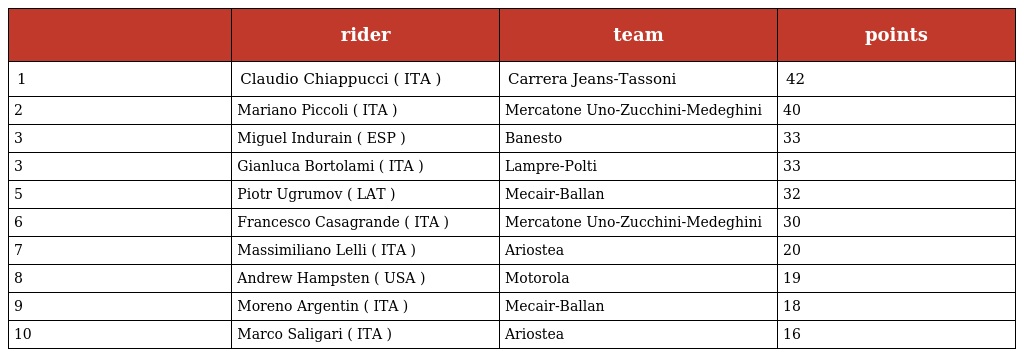
|  | rider | team | points |
 | --- | --- | --- | --- |
 | 1 | Claudio Chiappucci ( ITA ) | Carrera Jeans-Tassoni | 42 |
 | 2 | Mariano Piccoli ( ITA ) | Mercatone Uno-Zucchini-Medeghini | 40 |
 | 3 | Miguel Indurain ( ESP ) | Banesto | 33 |
 | 3 | Gianluca Bortolami ( ITA ) | Lampre-Polti | 33 |
 | 5 | Piotr Ugrumov ( LAT ) | Mecair-Ballan | 32 |
 | 6 | Francesco Casagrande ( ITA ) | Mercatone Uno-Zucchini-Medeghini | 30 |
 | 7 | Massimiliano Lelli ( ITA ) | Ariostea | 20 |
 | 8 | Andrew Hampsten ( USA ) | Motorola | 19 |
 | 9 | Moreno Argentin ( ITA ) | Mecair-Ballan | 18 |
 | 10 | Marco Saligari ( ITA ) | Ariostea | 16 |